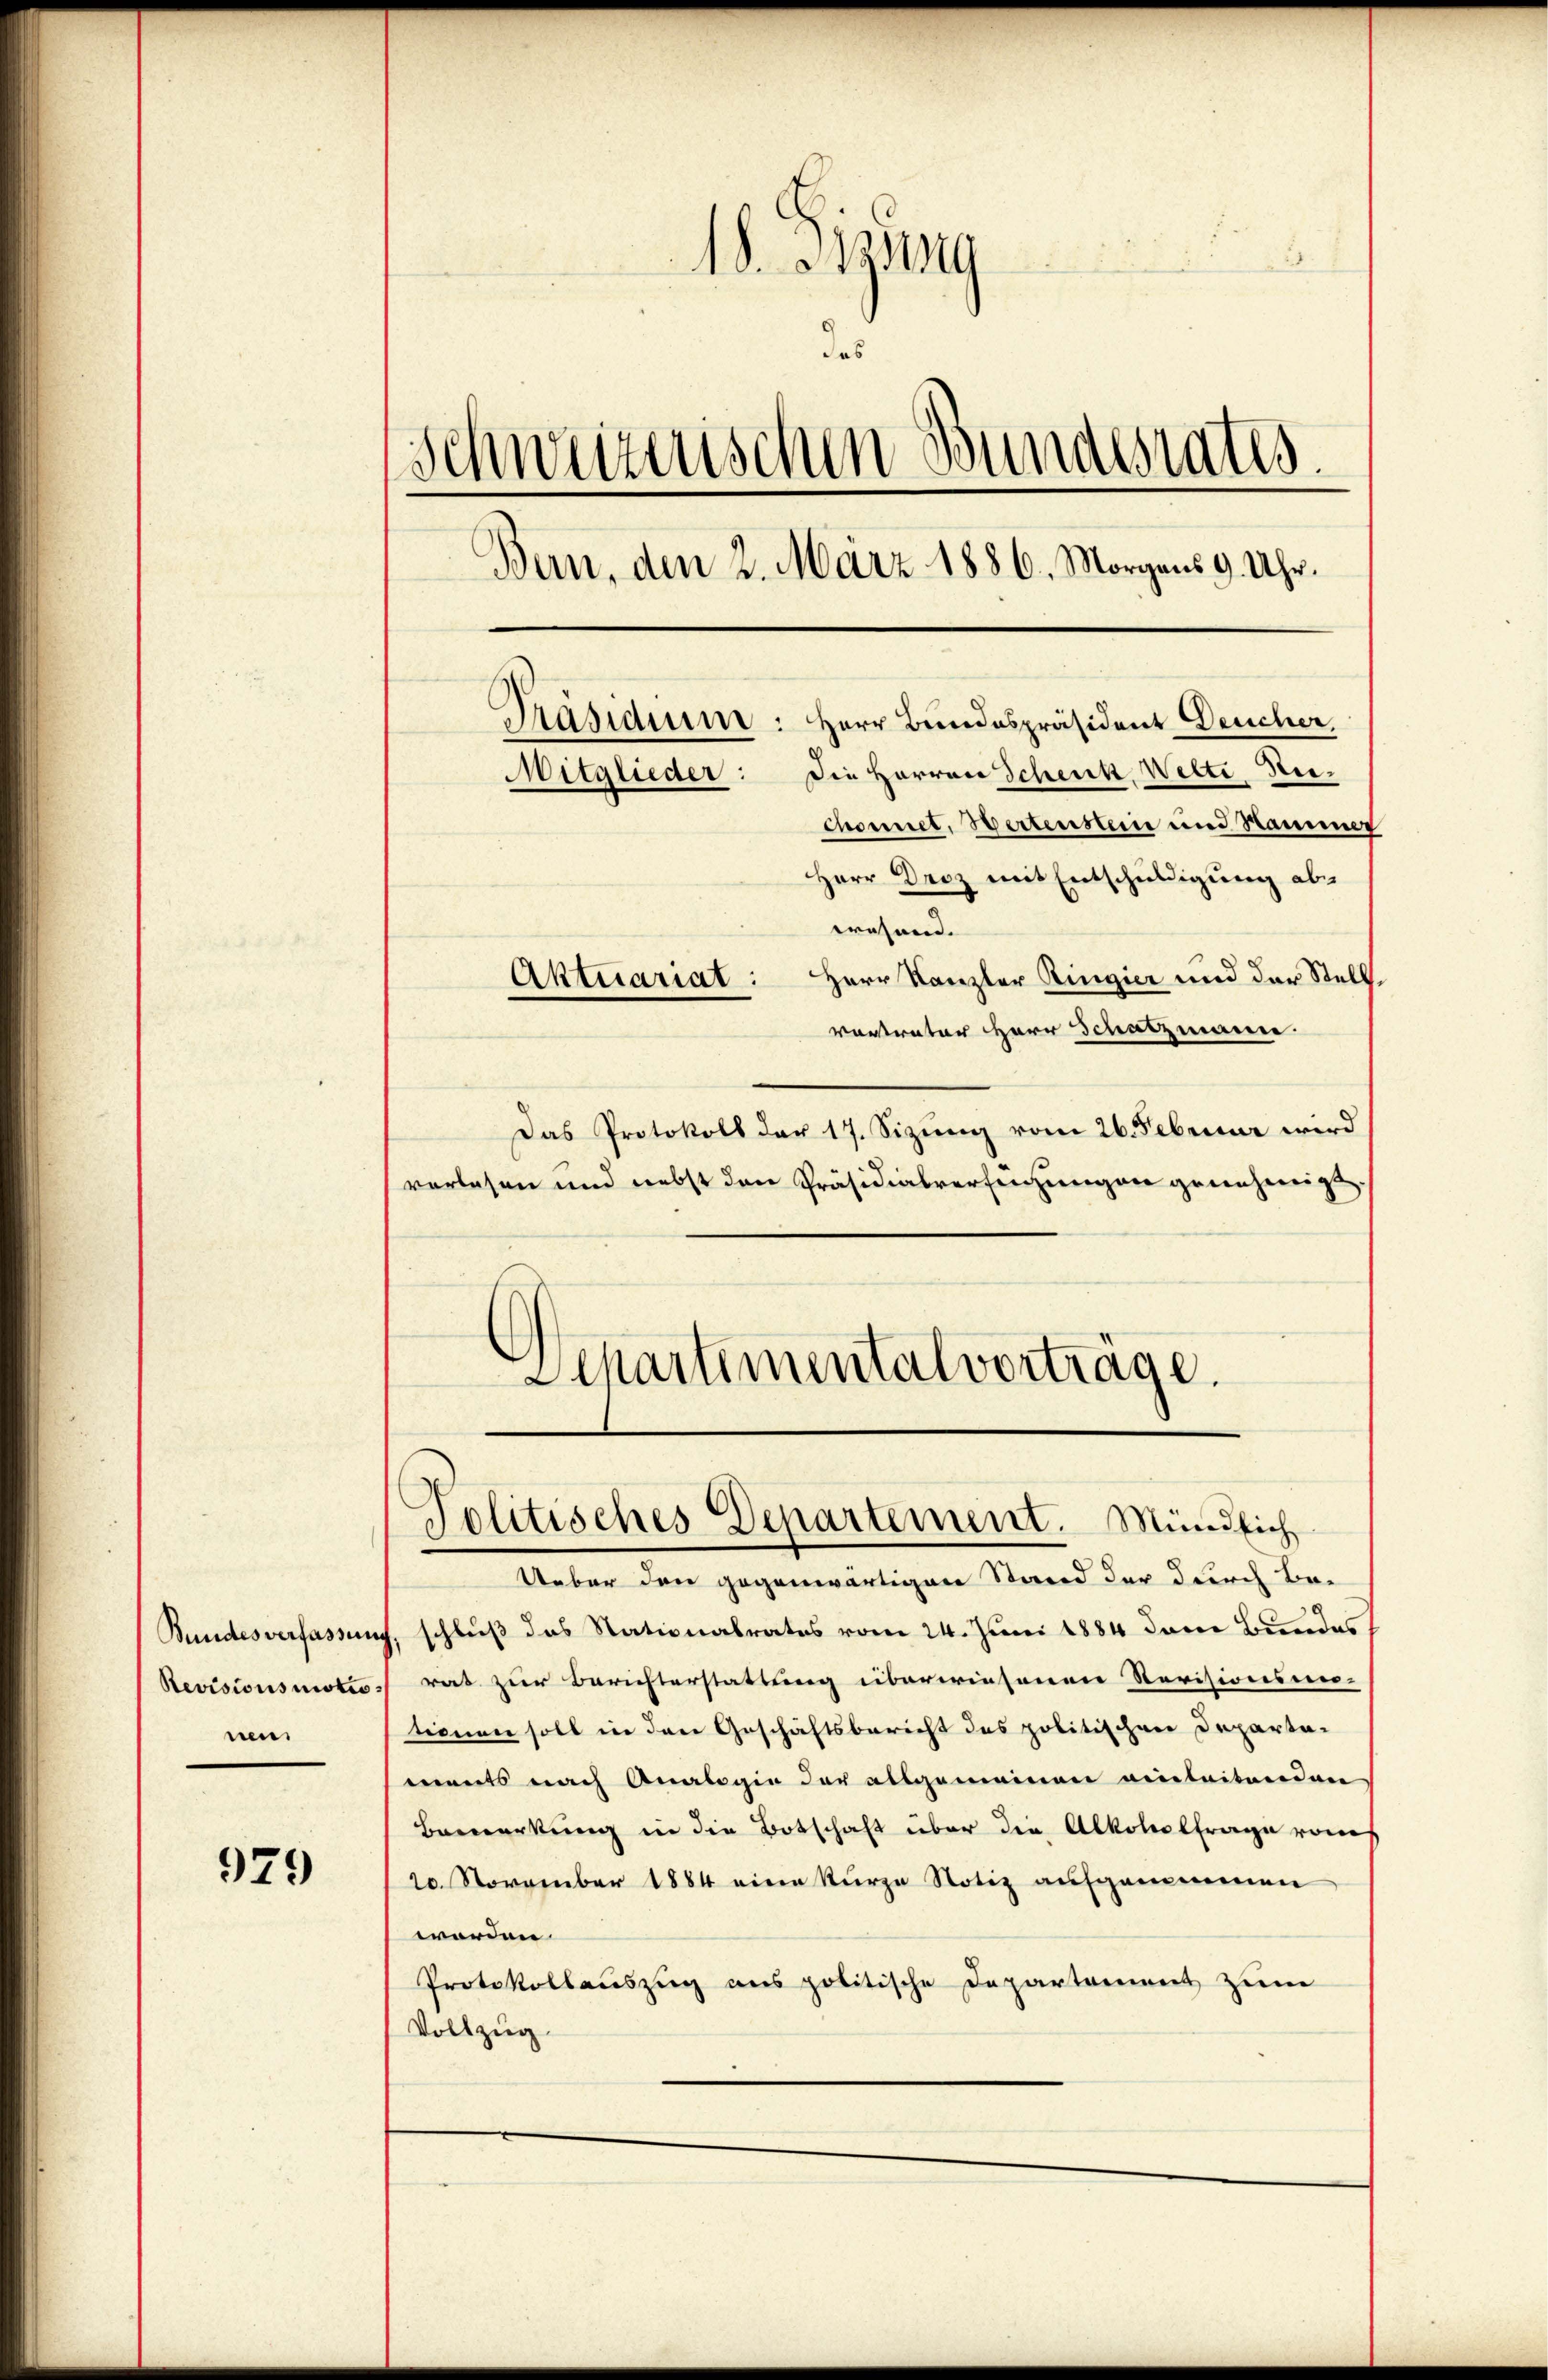
Bundesverfassun
Revisionsmotio
nen.

979

18. 19
des
¬
Schweizerischen Bundesrates.
Bern, den 2. März 1886. Morgens 9. Uhr.
Präsidium: Herr Bundespräsident Deucher
Mitglieder: Die Herren Schenk, Welti Rei¬
Chonnet, Bertensteine und Sammer

Herr Droz mit Entschuldigung abtrahend.
Aktuariat: Herr Kanzler Ringier und der Stellvertrater Herr Schatzmanne
Das Protokoll der 17. Sizung vom 26. Februar wird
vorlesen und nebst den Präsidialverfenzungen genehmigt,
Separtemental vortrage.

Jolitisches Departement. Mündlich

Ueber den gegenwärtigen Stand der durch Be-
schluß das Stationalrates vom 24. Juni 1884 den Bundes
rat zur Berichterstattung überwiesenen Revisionsan-
tionen soll in den Geschäftsbericht des politischen Departa-
ments nach Analogie der allgemeinen vieleitnerdan
Bemerkung in die Botschaft über die Alkoholfrage vom
20. November 1884 eine kurze Notiz aufgenommen
worden.
Protokollauszug ans politische Departement zum
Vollzug